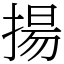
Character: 揚